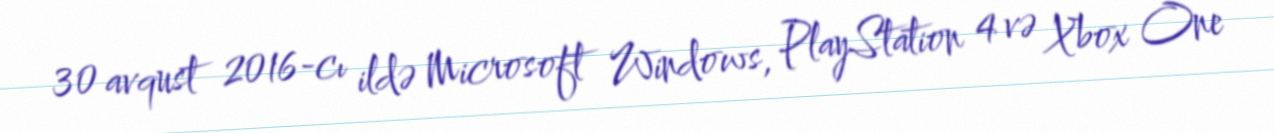
30 avqust 2016-cı ildə Microsoft Windows, PlayStation 4 və Xbox One